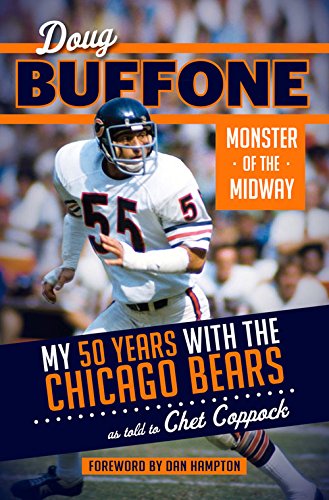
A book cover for Doug Buffone: Monster of the Midway: My 50 Years with the Chicago Bears; Doug Buffone; Biographies & Memoirs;